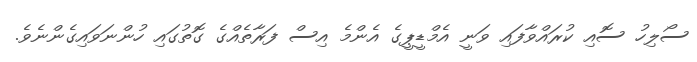
ސޯލިހު ސޮއި ކުރައްވާފައި ވަނީ އެމްޑީޕީގެ އެންމެ އިސް ފަރާތެއްގެ ގޮތުގައި ހުންނަވައިގެންނެވެ.